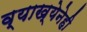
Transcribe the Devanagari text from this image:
व्याख्येनेही